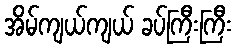
အိမ်ကျယ်ကျယ် ခပ်ကြီးကြီး